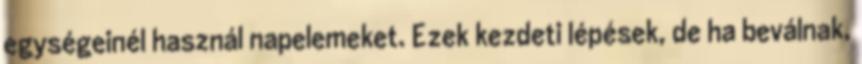
egységeinél használ napelemeket. Ezek kezdeti lépések, de ha beválnak,